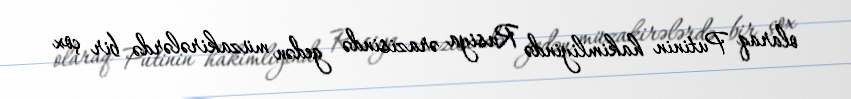
olaraq Putinin hakimliyində Rusiya ərazisində gedən müzakirələrdə bir çox